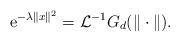
LaTeX: \begin{align*} \mbox{e}^{- \lambda \|x \|^2} = {\cal L}^{-1} G_d(\|\cdot\|).\end{align*}